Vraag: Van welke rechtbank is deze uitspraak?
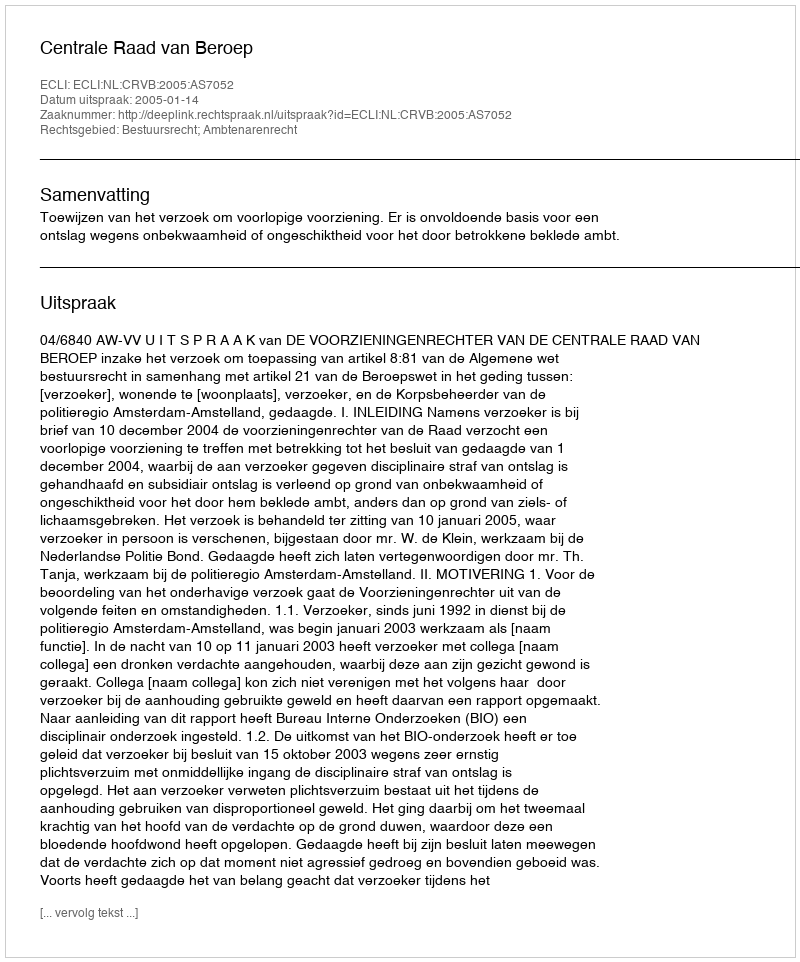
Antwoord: Centrale Raad van Beroep